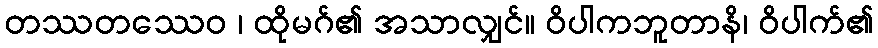
တဿတဿေဝ ၊ ထိုမဂ်၏ အသာလျှင်။ ဝိပါကဘူတာနိ၊ ဝိပါက်၏